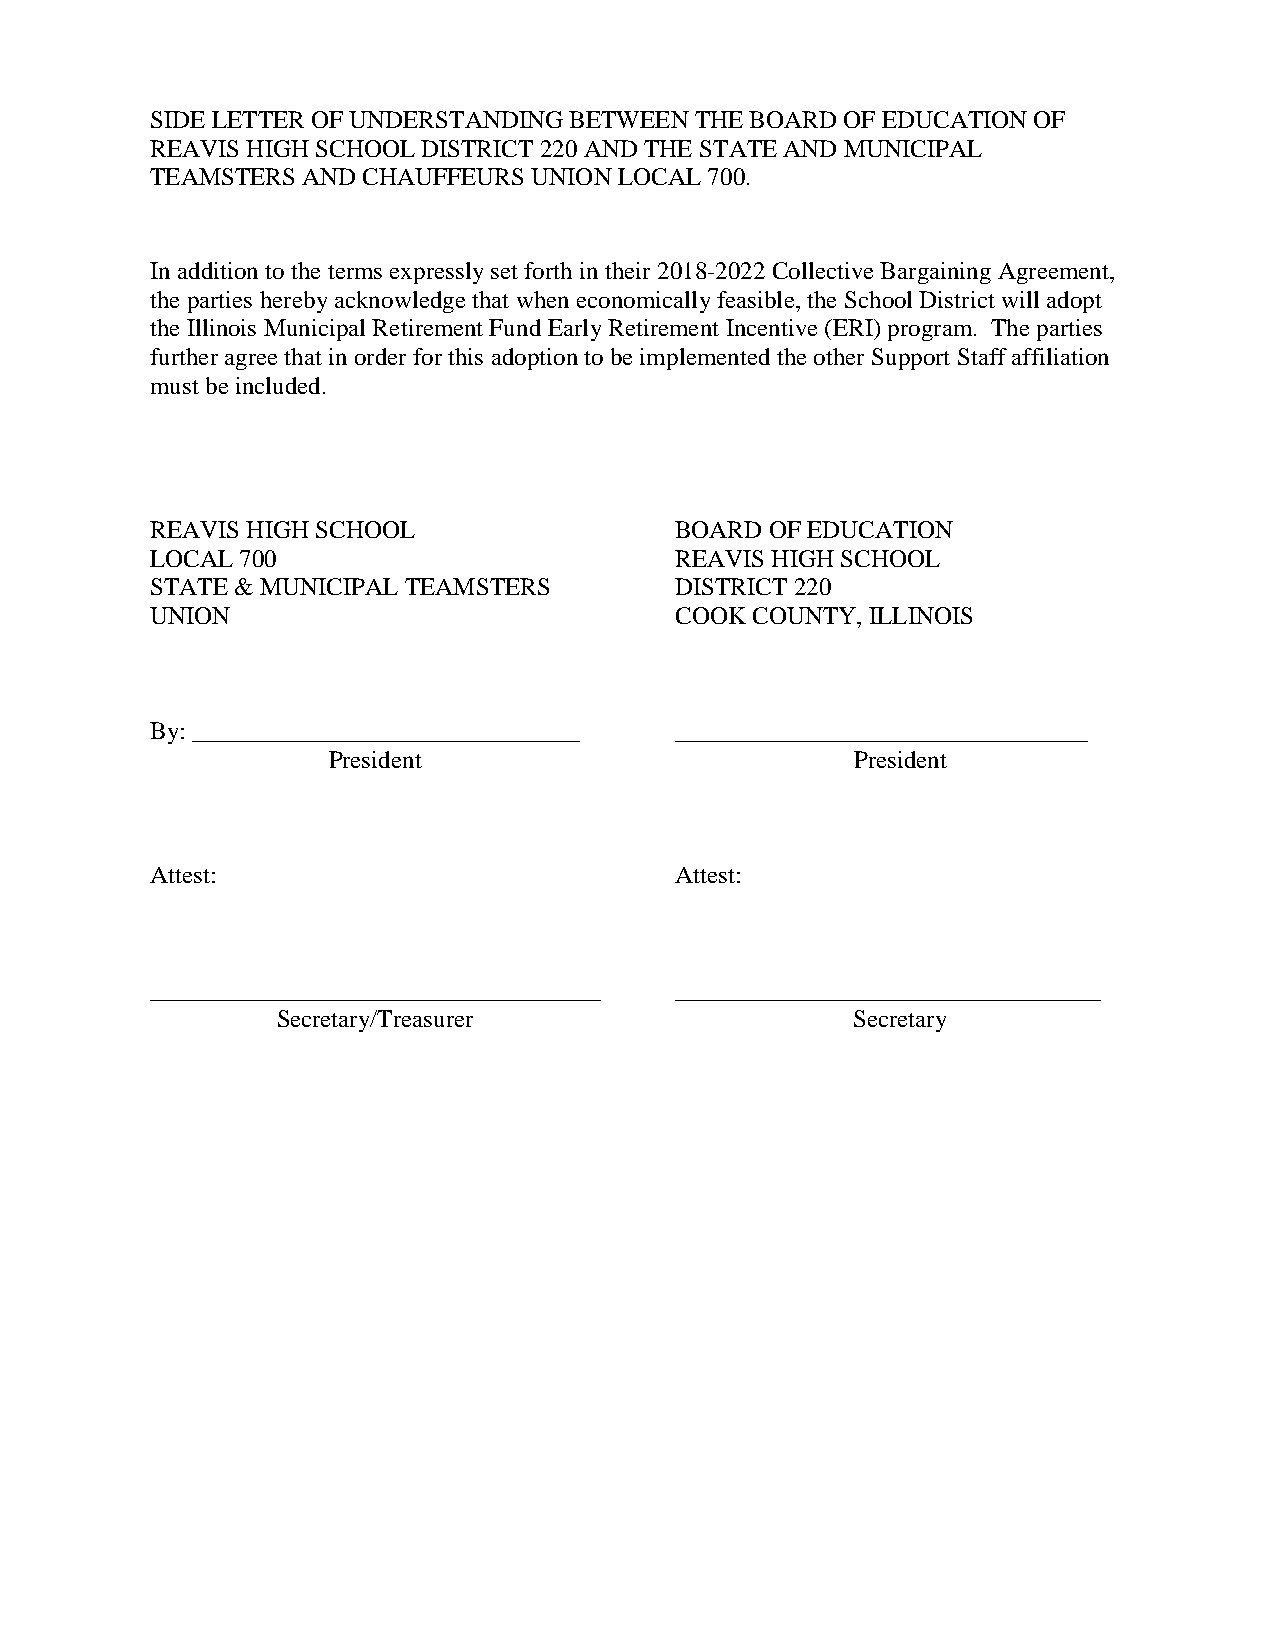
SIDE LETTER OF UNDERSTANDING BETWEEN THE BOARD OF EDUCATION OF
 REAVIS HIGH SCHOOL DISTRICT 220 AND THE STATE AND MUNICIPAL
 TEAMSTERS AND CHAUFFEURS UNION LOCAL 700.
 In addition to the terms expressly set forth in their 2018-2022 Collective Bargaining Agreement,
 the parties hereby acknowledge that when economically feasible, the School District will adopt
 the Illinois Municipal Retirement Fund Early Retirement Incentive (ERI) program. The parties
 further agree that in order for this adoption to be implemented the other Support Staff affiliation
 must be included.
 REAVIS HIGH SCHOOL                 BOARD OF EDUCATION
 LOCAL 700                          REAVIS HIGH SCHOOL
 STATE & MUNICIPAL TEAMSTERS        DISTRICT 220
 UNION                              COOK COUNTY, ILLINOIS
 By: _______________________________ _________________________________
 President                          President
 Attest:                            Attest:
 ____________________________________ __________________________________
 Secretary/Treasurer                   Secretary